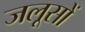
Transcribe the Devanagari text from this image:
जलूसों